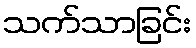
သက်သာခြင်း